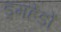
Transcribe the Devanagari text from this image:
ड्रमहेडों